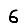
Digit: 6